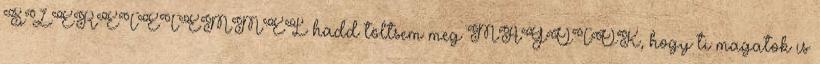
SZERETETEMMEL hadd töltsem meg MAGOTOK, hogy ti magatok is